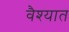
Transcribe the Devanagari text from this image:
वैश्यात